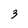
Character: 3